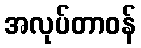
အလုပ်တာဝန်